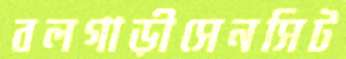
বলগাড়ীসেনসিট